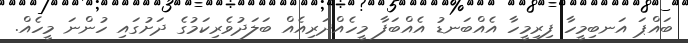
ބައްޕަ އަނބިމީހާ ފިރިމީހާ އެއްބަނޑު އެއްބަފާ މީހެއްދަރިއެއް ބަލަދުވެރިކަމުގެ ދަށުގައި ހުންނަ މީހެއް.